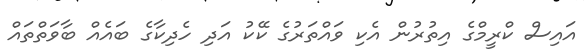
އައިސް ކްރީމްގެ އިތުރުން އެކި ވައްތަރުގެ ކޭކު އަދި ހެދިކާގެ ބައެއް ބާވަތްތައް